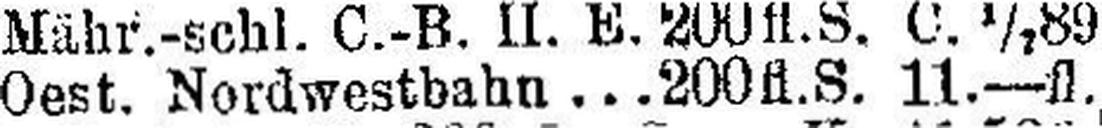
Mähr.-schl. C.-B. II. E. 200 fl. S. C. 1/7 89